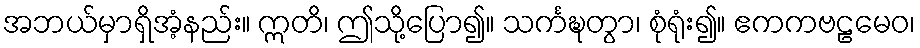
အဘယ်မှာရှိအံ့နည်း။ ဣတိ၊ ဤသို့ပြော၍။ သင်္ကဍ္ဎတွာ၊ စုံရုံး၍။ ဧကကဗဠမေဝ၊